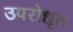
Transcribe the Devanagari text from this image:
उपरोधृत